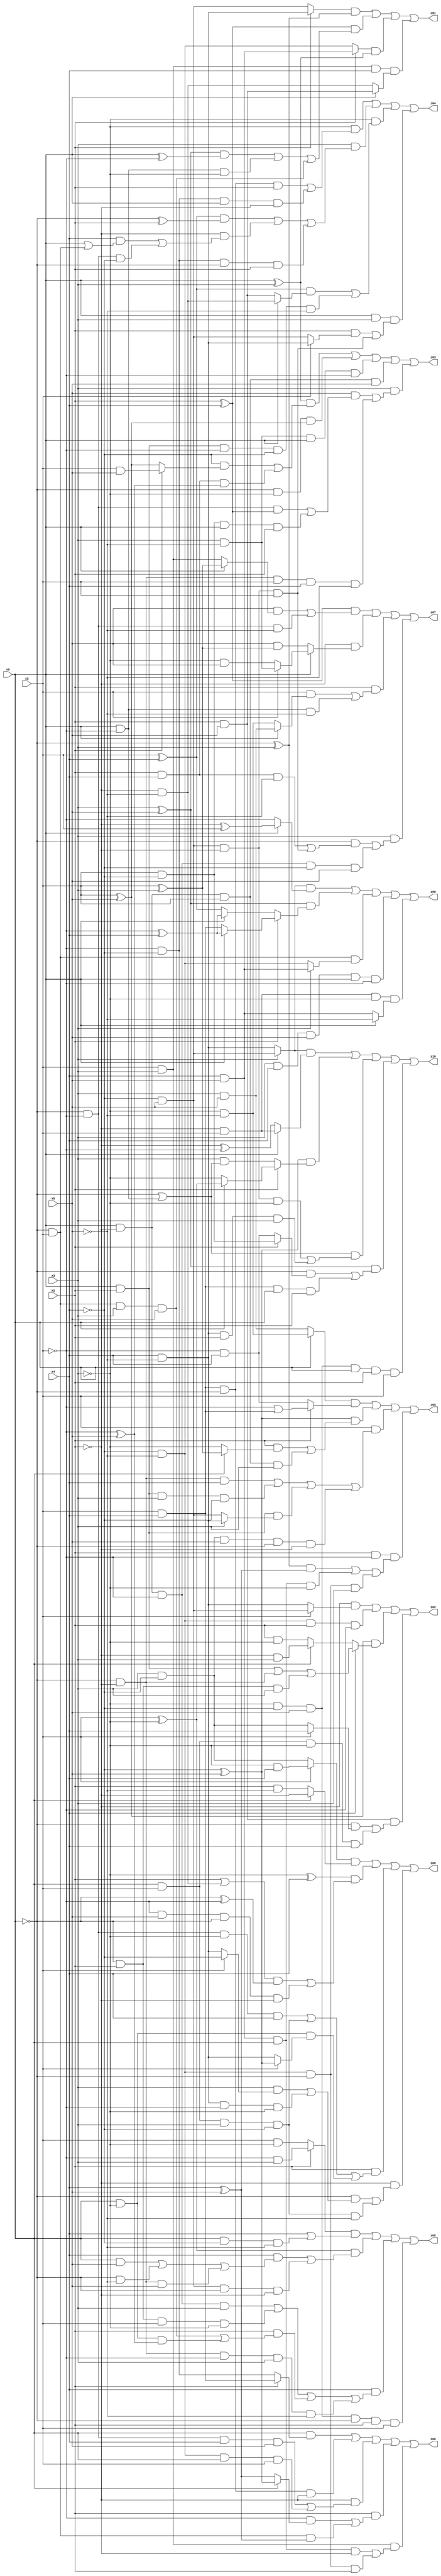
// Benchmark "X_53" written by ABC on Mon Jun 05 06:22:02 2023

module X_53 ( 
    x0, x1, x2, x3, x4, x5,
    z00, z01, z02, z03, z04, z05, z06, z07, z08, z09, z10  );
  input  x0, x1, x2, x3, x4, x5;
  output z00, z01, z02, z03, z04, z05, z06, z07, z08, z09, z10;
  assign z00 = ((x3 ? (~x4 & x5) : (x4 & ~x5)) & (x0 ? (~x1 ^ x2) : ~x2)) | ((x3 ^ x5) & (x1 ? (x0 ? (~x2 ^ x4) : (x2 & x4)) : (x0 ? (~x2 ^ x4) : (x2 ^ x4)))) | (~x0 & x2 & (x3 ? (x4 & x5) : (~x4 & ~x5))) | (x3 & x4 & x5 & x0 & ~x2) | (~x1 & x2 & ~x3 & (x0 ? ~x5 : (x4 & x5)));
  assign z01 = ((x1 ? (x4 & ~x5) : (~x4 & x5)) & (~x0 ^ x3)) | ((x1 ^ x4) & (((x3 ^ x5) & (x0 ^ ~x2)) | (x0 & ~x2 & ~x3) | (~x0 & x2 & x3 & x5))) | ((x1 ? (x4 & x5) : (~x4 & ~x5)) & (x0 ^ x3)) | (x2 & x3 & x4 & (x0 ? (x1 & x5) : (~x1 & ~x5)));
  assign z02 = (~x1 & (x2 ? (~x4 & x5) : (x4 & ~x5))) | (~x4 & ~x5 & x1 & ~x2) | ((x2 ^ x5) & (x4 ? ((x0 & x1) | (~x0 & ~x1) | (~x0 & x1 & x3)) : (x0 ? (~x1 & x3) : (x1 & ~x3)))) | (x1 & x5 & ((~x0 & (x2 ? x4 : (x3 & ~x4))) | (x0 & x2 & ~x3 & x4)));
  assign z03 = ((x0 ^ x3) & ((~x4 & (x1 ? (x2 & x5) : (x2 ^ x5))) | (x1 & x4 & (~x2 ^ x5)))) | (~x0 & ~x3 & (x2 ^ x5)) | (x3 & ~x5 & x0 & ~x2) | (x0 & ~x1 & x2 & x5) | (x3 & ((x5 & ((~x0 & ~x2 & (x1 ^ x4)) | (x2 & ~x4 & x0 & x1))) | (~x0 & ~x1 & x2 & x4 & ~x5)));
  assign z04 = (~x3 & ((x2 & x4 & ~x0 & x1) | (~x2 & ~x4 & x0 & ~x1))) | (x3 & (((x2 ^ x4) & (~x0 ^ x1)) | (~x1 & ((x4 & (x0 | (~x0 & x2))) | (~x0 & ~x2 & ~x4))) | (~x2 & ~x4 & ~x0 & x1))) | (~x3 & (((x2 ^ x4) & (x0 ? (~x1 & ~x5) : (x1 & x5))) | (x0 & x1 & ~x2 & ~x4 & ~x5))) | (x0 & x3 & ((x1 & (x2 ? (x4 & ~x5) : (~x4 & x5))) | (~x4 & x5 & ~x1 & x2)));
  assign z05 = ((x0 ? (~x3 & ~x5) : (x3 & x5)) & (x1 ? (~x2 | (x2 & x4)) : (~x2 & x4))) | ((~x4 ^ x5) & ((x1 & (x0 ? (x2 ^ x3) : ~x3)) | (x0 & ~x1 & x2 & x3))) | (x2 & ((~x0 & ~x1 & x4) | (x0 & x1 & x3 & ~x4) | (x0 & x1 & (x3 ? (x4 & ~x5) : (~x4 & x5))) | (x3 & ~x4 & x5 & ~x0 & ~x1))) | (x1 & ~x2 & (((~x0 ^ x3) & (x4 ^ x5)) | (x4 & x5 & x0 & ~x3) | (~x4 & ~x5 & ~x0 & x3)));
  assign z06 = (x0 & (x1 ? (x2 & x4) : (~x2 & ~x4))) | (x2 & x4 & ~x0 & ~x1) | (~x1 & ((~x0 & ~x2 & x4 & x5) | (~x4 & ~x5 & x0 & x2))) | (x1 & ((~x2 & (x0 ? (~x4 ^ x5) : (x4 ^ x5))) | (~x0 & x2 & (x4 ^ x5)))) | (x2 & x3 & ((x4 & x5 & x0 & ~x1) | (~x4 & ~x5 & ~x0 & x1)));
  assign z07 = ((x1 ^ x4) & ((x5 & (x0 ? (x2 ^ x3) : (x2 & x3))) | (~x0 & ~x2 & ~x5))) | (~x1 & (x0 ? (x2 ? (x3 & ~x5) : (~x3 & x5)) : (x5 & (x2 ^ x3)))) | (x1 & ((x2 & (x0 ? (x3 & x5) : (~x3 & ~x5))) | (x0 & ~x2 & ~x5))) | (x3 & ((~x0 & ((x1 & x4 & ~x5) | (~x4 & x5 & ~x1 & x2))) | (x0 & ~x1 & ~x2 & ~x4 & x5)));
  assign z08 = ((x1 ? (~x2 & x3) : (x2 & ~x3)) & (x4 | (x0 & ~x4 & ~x5))) | ((x2 ^ ~x3) & ((x4 & ((x0 & x5) | (~x0 & ~x5) | (~x0 & ~x1 & x5))) | (~x4 & x5 & ~x0 & ~x1))) | (x4 & ((x0 & ~x1 & ~x2 & x3) | (~x0 & x1 & x2 & ~x3) | (x1 & ((~x0 & x2 & x3 & x5) | (x0 & ~x3 & (~x2 ^ x5)))) | (~x0 & ~x1 & ~x2 & x3 & ~x5))) | (~x3 & ~x4 & x5 & ~x0 & x1 & x2);
  assign z09 = ((x2 ? (~x3 & x4) : (x3 & ~x4)) & (x0 ? ~x1 : (x1 & ~x5))) | ((~x3 ^ x4) & (((x1 | (~x1 & ~x5)) & (~x0 ^ ~x2)) | (~x2 & x5 & ~x0 & ~x1))) | (x1 & ((~x0 & ~x2 & ~x3 & x4) | (x0 & x2 & x3 & ~x4) | (x0 & ~x3 & (x2 ? (~x4 ^ x5) : (x4 & ~x5))))) | (~x1 & ((~x0 & ((x3 & (x2 ? ~x4 : (x4 & ~x5))) | (x4 & ~x5 & ~x2 & ~x3))) | (x0 & x2 & x3 & ~x4 & ~x5)));
  assign z10 = ((x3 ? (~x4 & x5) : (x4 & ~x5)) & (x0 ? (~x1 & x2) : (~x1 ^ ~x2))) | ((~x4 ^ x5) & (x1 ? (x0 ? (x2 ^ ~x3) : ~x3) : (x3 & (~x0 | (x0 & ~x2))))) | ((~x0 | (x0 & ~x2)) & ((~x4 & x5 & ~x1 & ~x3) | (x4 & ~x5 & x1 & x3))) | ((x3 ^ x5) & ((~x0 & (x1 ? (x2 & ~x4) : (~x2 & x4))) | (x2 & x4 & x0 & x1))) | (~x3 & ~x4 & x5 & x0 & x1 & x2);
endmodule